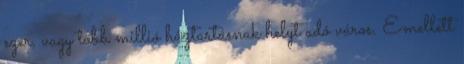
ezer, vagy több millió háztartásnak helyt adó város. Emellett